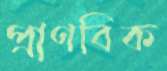
প্রাণবিক